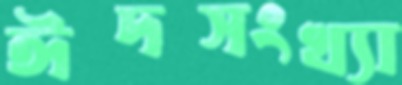
ঈদসংখ্যা